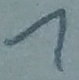
Text: 1